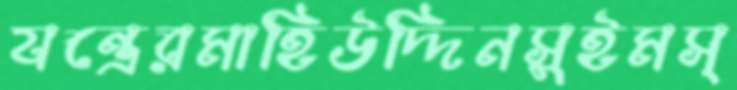
যন্ত্রেরমাহিউদ্দিনসুইমস্